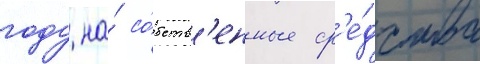
году на́ со́бств'енные ср'е́дства